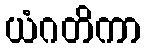
ယံဂတိကာ